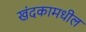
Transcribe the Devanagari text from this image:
खंदकामधील